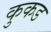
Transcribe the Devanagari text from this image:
कुकड